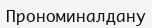
Прономиналдану